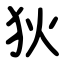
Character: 狄